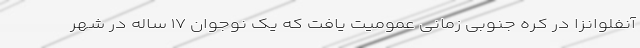
آنفلوانزا در کره جنوبی زمانی عمومیت یافت که یک نوجوان ۱۷ ساله در شهر